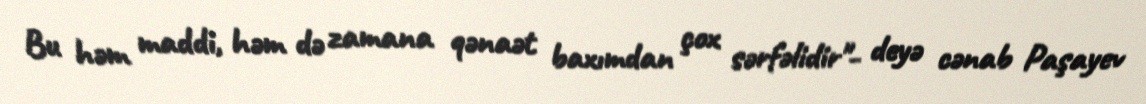
Bu həm maddi, həm də zamana qənaət baxımdan çox sərfəlidir"- deyə cənab Paşayev